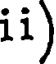
ii)